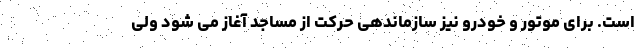
است. برای موتور و خودرو نیز سازماندهی حرکت از مساجد آغاز می شود ولی